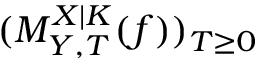
( M _ { Y , T } ^ { X | K } ( f ) ) _ { T \geq 0 }